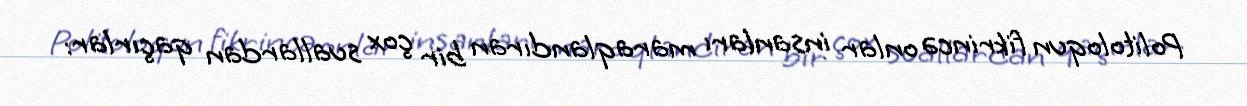
Politoloqun fikrincə onlar insanları maraqlandıran bir çox suallardan qaçırlar: